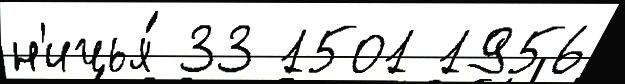
н'ичья́ 33 1501 1956